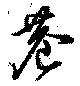
巷